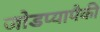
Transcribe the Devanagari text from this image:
जोडप्यापैकी